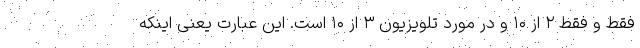
فقط و فقط ۲ از ۱۰ و در مورد تلویزیون ۳ از ۱۰ است. این عبارت یعنی اینکه